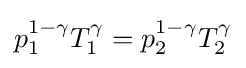
p_{1}^{1-\gamma }T_{1}^{\gamma }=p_{2}^{1-\gamma }T_{2}^{\gamma }